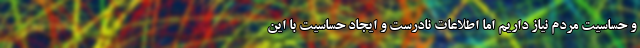
و حساسیت مردم نیاز داریم اما اطلاعات نادرست و ایجاد حساسیت با این